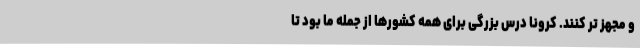
و مجهز تر کنند. کرونا درس بزرگی برای همه کشورها از جمله ما بود تا